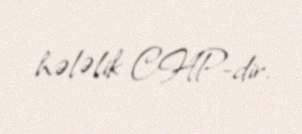
hələlik CHP-dir.